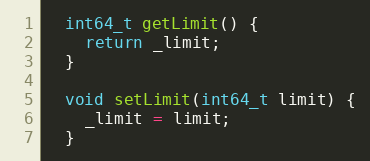
Language: C
  int64_t getLimit() {
    return _limit;
  }

  void setLimit(int64_t limit) {
    _limit = limit;
  }